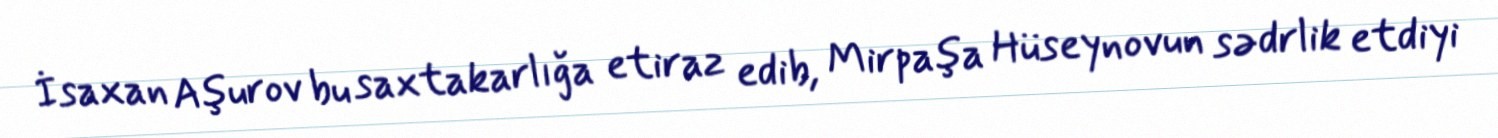
İsaxan Aşurov bu saxtakarlığa etiraz edib, Mirpaşa Hüseynovun sədrlik etdiyi